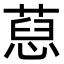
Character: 𦷚